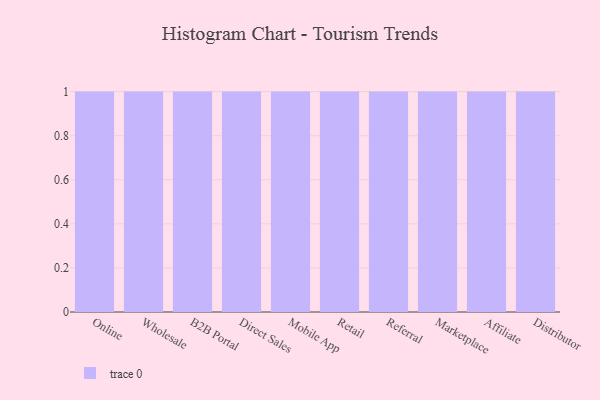
{"axis": {"x": "Channel", "y": "Temperature (°C)"}, "legend": [""], "data": [{"x": "Online", "y": 14, "type": ""}, {"x": "Wholesale", "y": 93, "type": ""}, {"x": "B2B Portal", "y": 86, "type": ""}, {"x": "Direct Sales", "y": 49, "type": ""}, {"x": "Mobile App", "y": 22, "type": ""}, {"x": "Retail", "y": 42, "type": ""}, {"x": "Referral", "y": 89, "type": ""}, {"x": "Marketplace", "y": 88, "type": ""}, {"x": "Affiliate", "y": 47, "type": ""}, {"x": "Distributor", "y": 49, "type": ""}]}